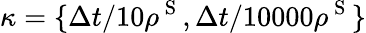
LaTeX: \kappa=\{ \Delta t/10\rho^{\mathrm{~S~}},\Delta t/10000\rho^{\mathrm{~S~}}\}